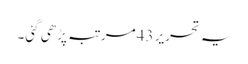
یہ تحریر 43مرتبہ پڑھی گئی۔